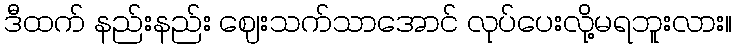
ဒီထက် နည်းနည်း ဈေးသက်သာအောင် လုပ်ပေးလို့မရဘူးလား။